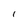
Character: l